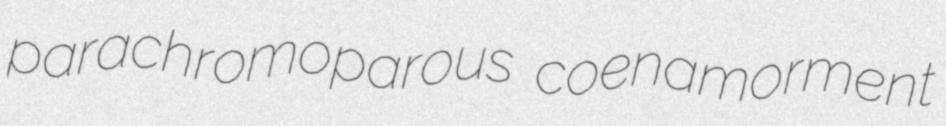
parachromoparous coenamorment